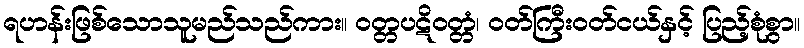
ရဟန်းဖြစ်သောသူမည်သည်ကား။ ဝတ္တပဋိဝတ္တံ၊ ဝတ်ကြီးဝတ်ငယ်နှင့် ပြည့်စုံစွာ။